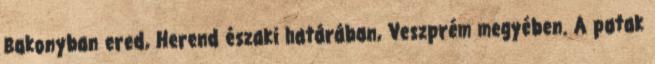
Bakonyban ered, Herend északi határában, Veszprém megyében. A patak